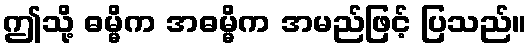
ဤသို့ ဓမ္မိက အဓမ္မိက အမည်ဖြင့် ပြသည်။